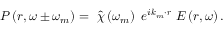
\boldsymbol { P } \left( \boldsymbol { r } , \omega \pm \omega _ { m } \right) = \ \hat { \chi } \left( \omega _ { m } \right) { \ e } ^ { i { \boldsymbol { k } } _ { m } \cdot \boldsymbol { r } } \ \boldsymbol { E } \left( \boldsymbol { r } , \omega \right) .